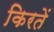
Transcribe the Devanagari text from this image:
किरतें